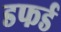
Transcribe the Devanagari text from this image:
डफर्ड